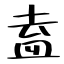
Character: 盍